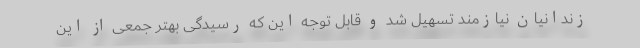
زندانیان نیازمند تسهیل شد و قابل توجه این که رسیدگی بهتر جمعی از این